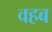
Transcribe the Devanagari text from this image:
वहब